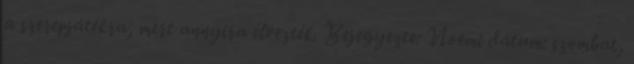
a szerepjátékra, mert annyira élvezték. Bejegyezte: Noémi dátum: szombat,